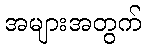
အများအတွက်